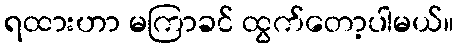
ရထားဟာ မကြာခင် ထွက်တော့ပါမယ်။